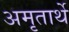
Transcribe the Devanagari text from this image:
अमृतार्थे